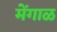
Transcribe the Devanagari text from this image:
मेंगाळ